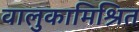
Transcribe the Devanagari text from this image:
वालुकामिश्रित